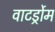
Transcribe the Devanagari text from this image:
वाटर्ड्रोम